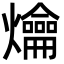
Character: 爚